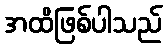
အထိဖြစ်ပါသည်